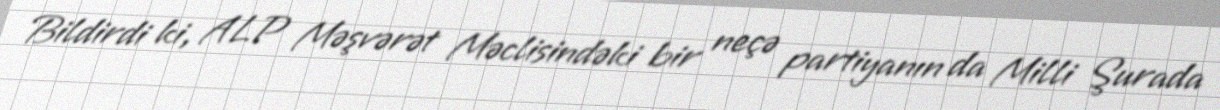
Bildirdi ki, ALP Məşvərət Məclisindəki bir neçə partiyanın da Milli Şurada